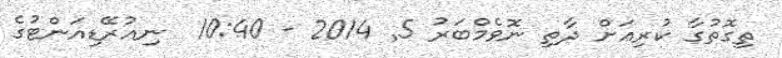
ތިގޮތުގާ ކުރިއަށް ދާތި ނޮވެމްބަރު 5